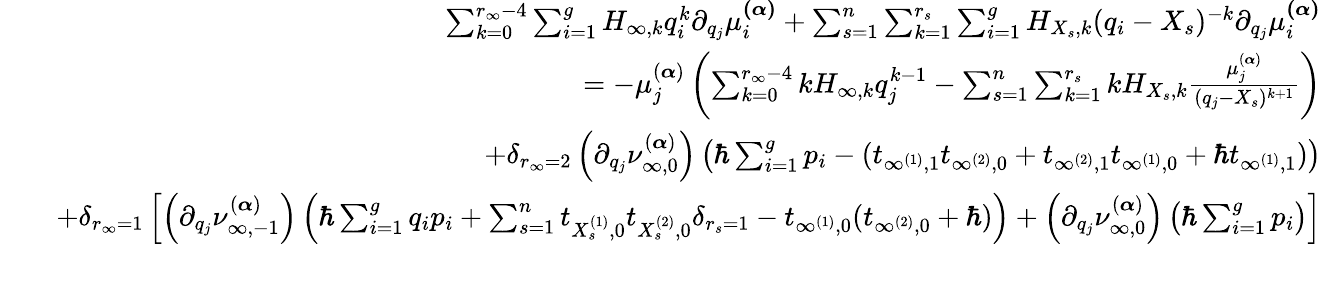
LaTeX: \begin{array}{rlr}&{}&{\sum_{k=0}^{r_{\infty}-4}\sum_{i=1}^{g}H_{\infty,k}q_{i}^{k}\partial_{q_{j}}\mu_{i}^{\boldsymbol{(\alpha)}}+\sum_{s=1}^{n}\sum_{k=1}^{r_{s}}\sum_{i=1}^{g}H_{X_{s},k}(q_{i}-X_{s})^{-k}\partial_{q_{j}}\mu_{i}^{\boldsymbol{(\alpha)}}}\\ &{}&{=-\mu_{j}^{(\boldsymbol{\alpha})}\left(\sum_{k=0}^{r_{\infty}-4}kH_{\infty,k}q_{j}^{k-1}-\sum_{s=1}^{n}\sum_{k=1}^{r_{s}}kH_{X_{s},k}\frac{\mu_{j}^{(\boldsymbol{\alpha})}}{(q_{j}-X_{s})^{k+1}}\right)}\\ &{}&{+\delta_{r_{\infty}=2}\left(\partial_{q_{j}}\nu_{\infty,0}^{(\boldsymbol{\alpha})}\right)\left(\hbar\sum_{i=1}^{g}p_{i}-(t_{\infty^{(1)},1}t_{\infty^{(2)},0}+t_{\infty^{(2)},1}t_{\infty^{(1)},0}+\hbar t_{\infty^{(1)},1})\right)}\\ &{}&{+\delta_{r_{\infty}=1}\left[\left(\partial_{q_{j}}\nu_{\infty,-1}^{(\boldsymbol{\alpha})}\right)\left(\hbar\sum_{i=1}^{g}q_{i}p_{i}+\sum_{s=1}^{n}t_{X_{s}^{(1)},0}t_{X_{s}^{(2)},0}\delta_{r_{s}=1}-t_{\infty^{(1)},0}(t_{\infty^{(2)},0}+\hbar)\right)+\left(\partial_{q_{j}}\nu_{\infty,0}^{(\boldsymbol{\alpha})}\right)\left(\hbar\sum_{i=1}^{g}p_{i}\right)\right]}\\ &{}&\end{array}